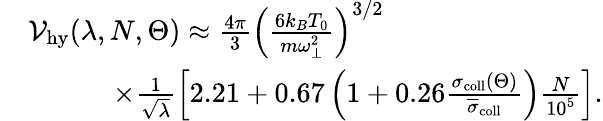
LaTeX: \begin{array}{rl}&{{\cal V}_{\mathrm{hy}}(\lambda,N,\Theta)\approx\frac{4\pi}{3}\left(\frac{6k_{B}T_{0}}{m\omega_{\perp}^{2}}\right)^{3/2}}\\ &{\quad\quad\quad\times\frac{1}{\sqrt{\lambda}}\left[2.21+0.67\left(1+0.26\frac{\sigma_{\mathrm{coll}}(\Theta)}{\overline{{\sigma}}_{\mathrm{coll}}}\right)\frac{N}{10^{5}}\right].}\end{array}